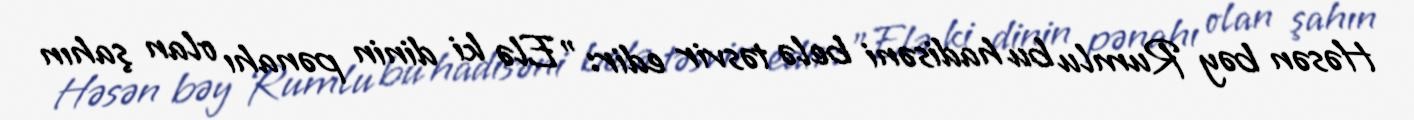
Həsən bəy Rumlu bu hadisəni belə təsvir edir: "Elə ki dinin pənahı olan şahın